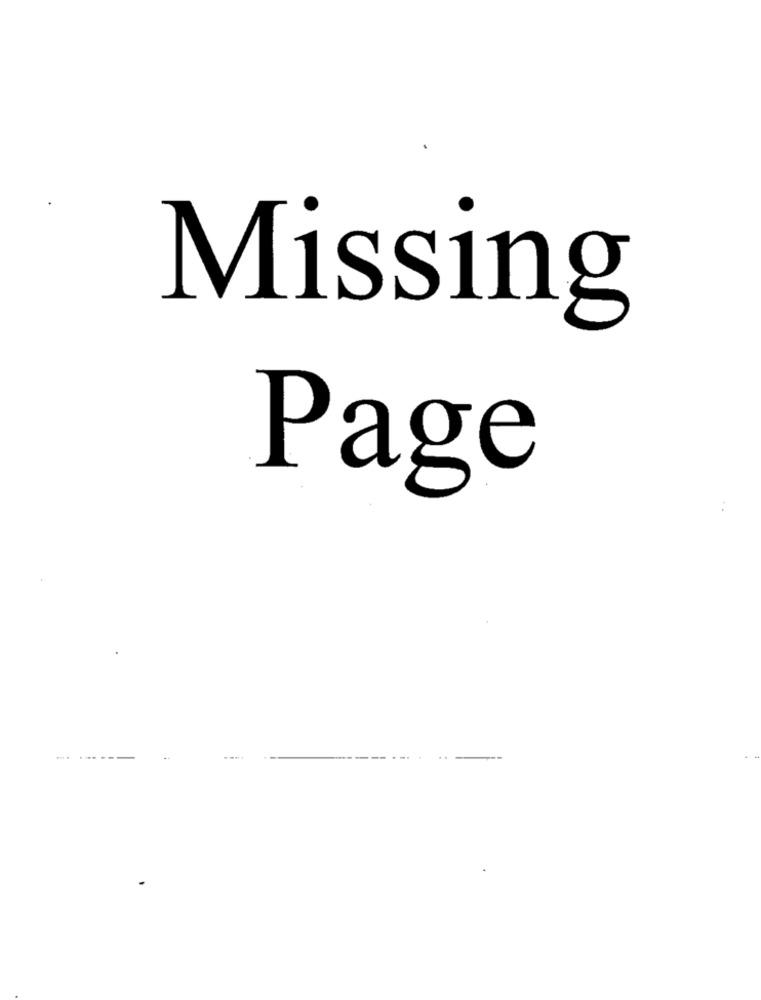
Missing
Page
. .